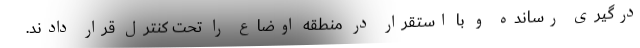
درگیری رسانده و با استقرار در منطقه اوضاع را تحت کنترل قرار دادند.